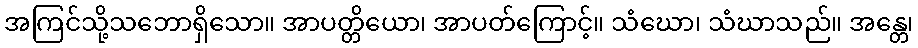
အကြင်သို့သဘောရှိသော။ အာပတ္တိယော၊ အာပတ်ကြောင့်။ သံဃော၊ သံဃာသည်။ အန္တေ၊